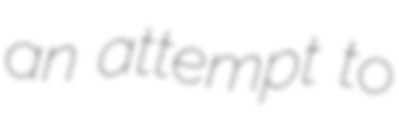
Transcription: an attempt to